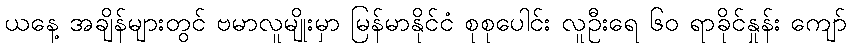
ယနေ့ အချိန်များတွင် ဗမာလူမျိုးမှာ မြန်မာနိုင်ငံ စုစုပေါင်း လူဦးရေ ၆၀ ရာခိုင်နှုန်း ကျော်